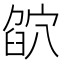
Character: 𥦶